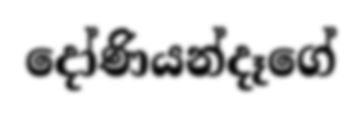
දෝණියන්දෑගේ